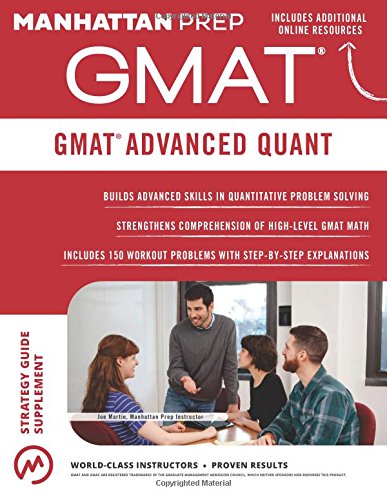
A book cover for GMAT Advanced Quant (Manhattan Prep GMAT Strategy Guides); Manhattan Prep; Test Preparation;